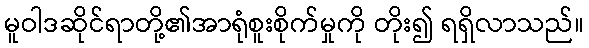
မူဝါဒဆိုင်ရာတို့၏အာရုံစူးစိုက်မှုကို တိုး၍ ရရှိလာသည်။